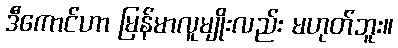
ဒီကောင်ဟာ မြန်မာလူမျိုးလည်း မဟုတ်ဘူး။